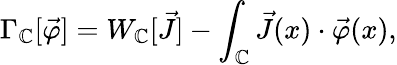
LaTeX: \Gamma_{\mathbb{C}}[\vec{{\varphi}}]=W_{\mathbb{C}}[\vec{{J}}]-\int_{\mathbb{C}}\vec{{J}}(x)\cdot\vec{{\varphi}}(x),